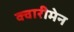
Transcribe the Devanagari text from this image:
क्वारीमेन